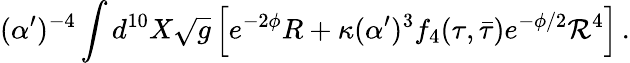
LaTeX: (\alpha^{\prime})^{-4}\int d^{10}X\sqrt{g}\left[e^{-2\phi}R+\kappa(\alpha^{\prime})^{3}f_{4}(\tau,\bar{\tau})e^{-\phi/2}{\cal R}^{4}\right]\, .